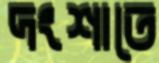
দংশাতে